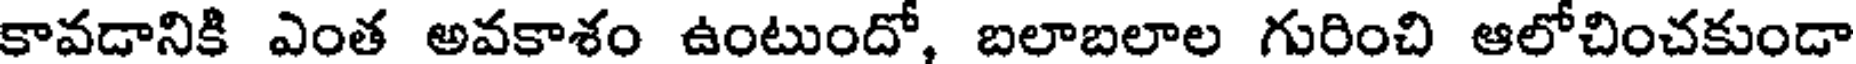
కావడానికి ఎంత అవకాశం ఉంటుందో, బలాబలాల గురించి ఆలోచించకుండా